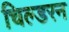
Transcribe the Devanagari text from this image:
चिल्डरन